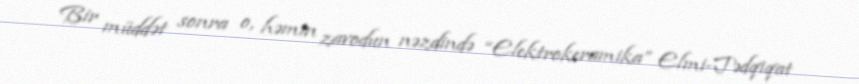
Bir müddət sonra o, həmin zavodun nəzdində “Elektrokeramika” Elmi-Tədqiqat